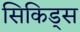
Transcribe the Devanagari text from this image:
सिकिड्स